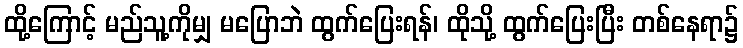
ထို့ကြောင့် မည်သူ့ကိုမျှ မပြောဘဲ ထွက်ပြေးရန်၊ ထိုသို့ ထွက်ပြေးပြီး တစ်နေရာ၌